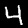
Label: 4